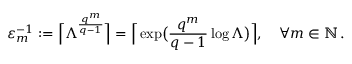
\varepsilon _ { m } ^ { - 1 } : = \Big \lceil \Lambda ^ { \frac { q ^ { m } } { q - 1 } } \Big \rceil = \Big \lceil \exp \bigl ( \frac { q ^ { m } } { q - 1 } \log \Lambda \bigr ) \Big \rceil , \quad \forall m \in \ensuremath { \mathbb { N } } \, .